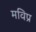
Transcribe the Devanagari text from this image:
मविप्र